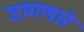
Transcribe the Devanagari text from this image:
डागणारे